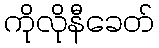
ကိုလိုနီခေတ်